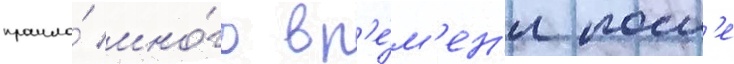
прошло́ мно́го вр'е́м'ен'и посл'е